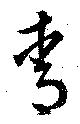
青